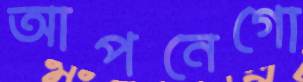
আপনেগো